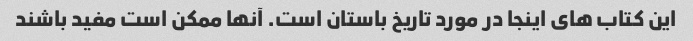
این کتاب های اینجا در مورد تاریخ باستان است. آنها ممکن است مفید باشند